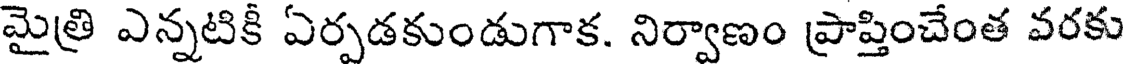
మైత్రి ఎన్నటికీ ఏర్పడకుండుగాక. నిర్వాణం ప్రాప్తించేంత వరకు